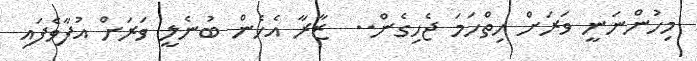
މިހުންނަނީ ވަރަށް ހިތްހަމަ ޖެހިގެން..  ޒާރާ އެހެން ބުނެލީ ވަރަށް އުފާވެފައި